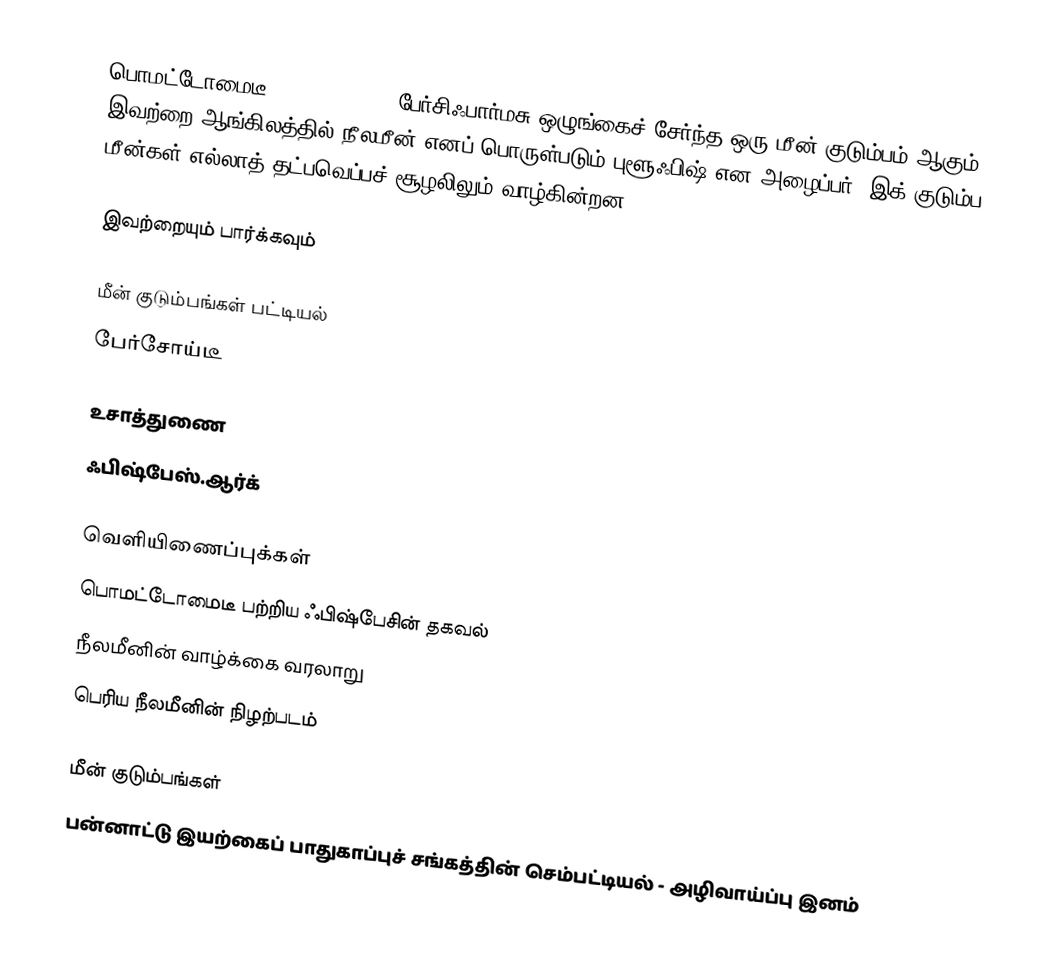
பொமட்டோமைடீ (Pomatomidae), பேர்சிஃபார்மசு ஒழுங்கைச் சேர்ந்த ஒரு மீன் குடும்பம் ஆகும். இவற்றை ஆங்கிலத்தில் நீலமீன் எனப் பொருள்படும் புளூஃபிஷ் என அழைப்பர். இக் குடும்ப மீன்கள் எல்லாத் தட்பவெப்பச் சூழலிலும் வாழ்கின்றன.

இவற்றையும் பார்க்கவும்

 மீன் குடும்பங்கள் பட்டியல்
 பேர்சோய்டீ

உசாத்துணை
 ஃபிஷ்பேஸ்.ஆர்க்

வெளியிணைப்புக்கள்
 பொமட்டோமைடீ பற்றிய ஃபிஷ்பேசின் தகவல்
 நீலமீனின் வாழ்க்கை வரலாறு
 பெரிய நீலமீனின் நிழற்படம்

மீன் குடும்பங்கள்
பன்னாட்டு இயற்கைப் பாதுகாப்புச் சங்கத்தின் செம்பட்டியல் - அழிவாய்ப்பு இனம்